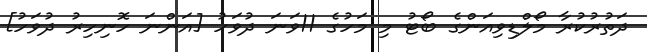
ދަތުރުކުރާ މޯލްޑިވިއަންގެ ބޯޓު މި މަހުގެ 11ވަނަ ދުވަހު [އަންނަ ހޮނިހިރު ދުވަހު]